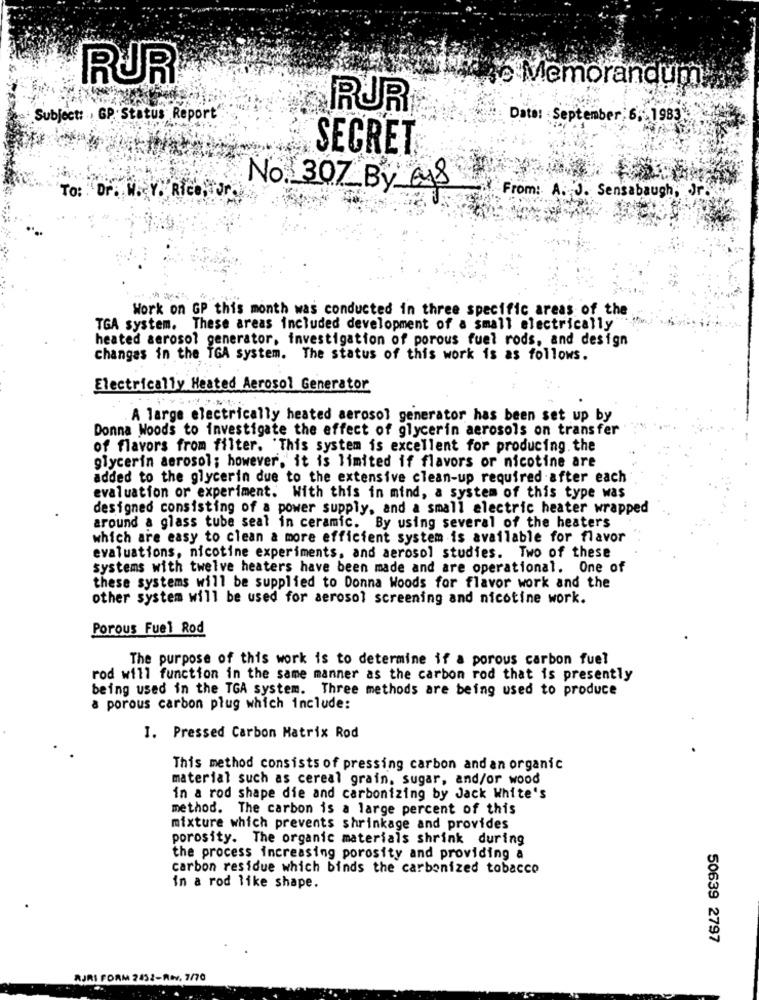
RUR
e Memorandum.
RUR
Subject: , GP Status Report
Date: September; 6, 1983
SECRET
No. 307_By_
To: Dr. W. V. Rico,Jr.
From : A. J. Sensabaugh , Jr
Work on GP this month was conducted in three specific areas of the
TGA system. These areas included development of a small electrically
heated aerosol generator, investigation of porous fuel rods, and design
changes in the TGA system. The status of this work is as follows.
Electrically Heated Aerosol Generator
. A large electrically heated aerosol generator has been set up by
Donna Woods to investigate the effect of glycerin aerosols on transfer
of flavors from filter. 'This system is excellent for producing. the
glycerin aerosol; however, it is limited if flavors or nicotine are
added to the glycerin due to the extensive clean-up required after each
evaluation or experiment. With this in mind, a system of this type was
designed consisting of a power supply, and a small electric heater wrapped
around a glass tube seal in ceramic. By using several of the heaters
which are easy to clean a more efficient system is available for flavor
evaluations, nicotine experiments, and aerosol studies. Two of these
systems with twelve heaters have been made and are operational. One of
these systems will be supplied to Donna Woods for flavor work and the
other system will be used for aerosol screening and nicotine work.
Porous Fuel Rod
The purpose of this work is to determine if a porous carbon fuel
rod will function in the same manner as the carbon rod that is presently
being used in the TGA system. Three methods are being used to produce
a porous carbon plug which include:
I. Pressed Carbon Matrix Rod
This method consists of pressing carbon and an organic
material such as cereal grain, sugar, and/or wood
in a rod shape die and carbonizing by Jack White's
method. The carbon is a large percent of this
mixture which prevents shrinkage and provides
porosity. The organic materials shrink during
the process increasing porosity and providing a
carbon residue which binds the carbonized tobacco
in a rod like shape.
50639 2797
AJRI FORM 2432-Rev. 7/70